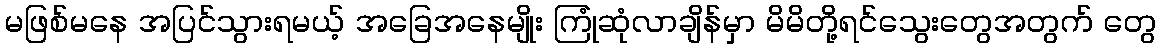
မဖြစ်မနေ အပြင်သွားရမယ့် အခြေအနေမျိုး ကြုံဆုံလာချိန်မှာ မိမိတို့ရင်သွေးတွေအတွက် တွေ